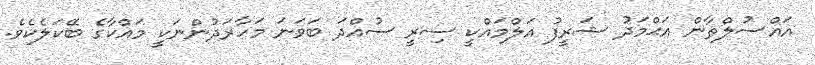
އައްސުލްޠާން އަޙްމަދު ޝަރީފު އަލްމައްކީ ސިރީ ސުއްދަ ބަވަނަ މަހާރަދުންނަކީ މައްކާގެ ބޭކަލެކެވެ.